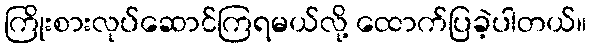
ကြိုးစားလုပ်ဆောင်ကြရမယ်လို့ ထောက်ပြခဲ့ပါတယ်။